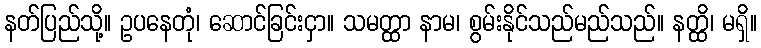
နတ်ပြည်သို့။ ဥပနေတုံ၊ ဆောင်ခြင်းငှာ။ သမတ္ထာ နာမ၊ စွမ်းနိုင်သည်မည်သည်။ နတ္ထိ၊ မရှိ။